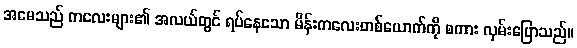
အမေသည် ကလေးများ၏ အလယ်တွင် ရပ်နေသော မိန်းကလေးတစ်ယောက်ကို စကား လှမ်းပြောသည်။